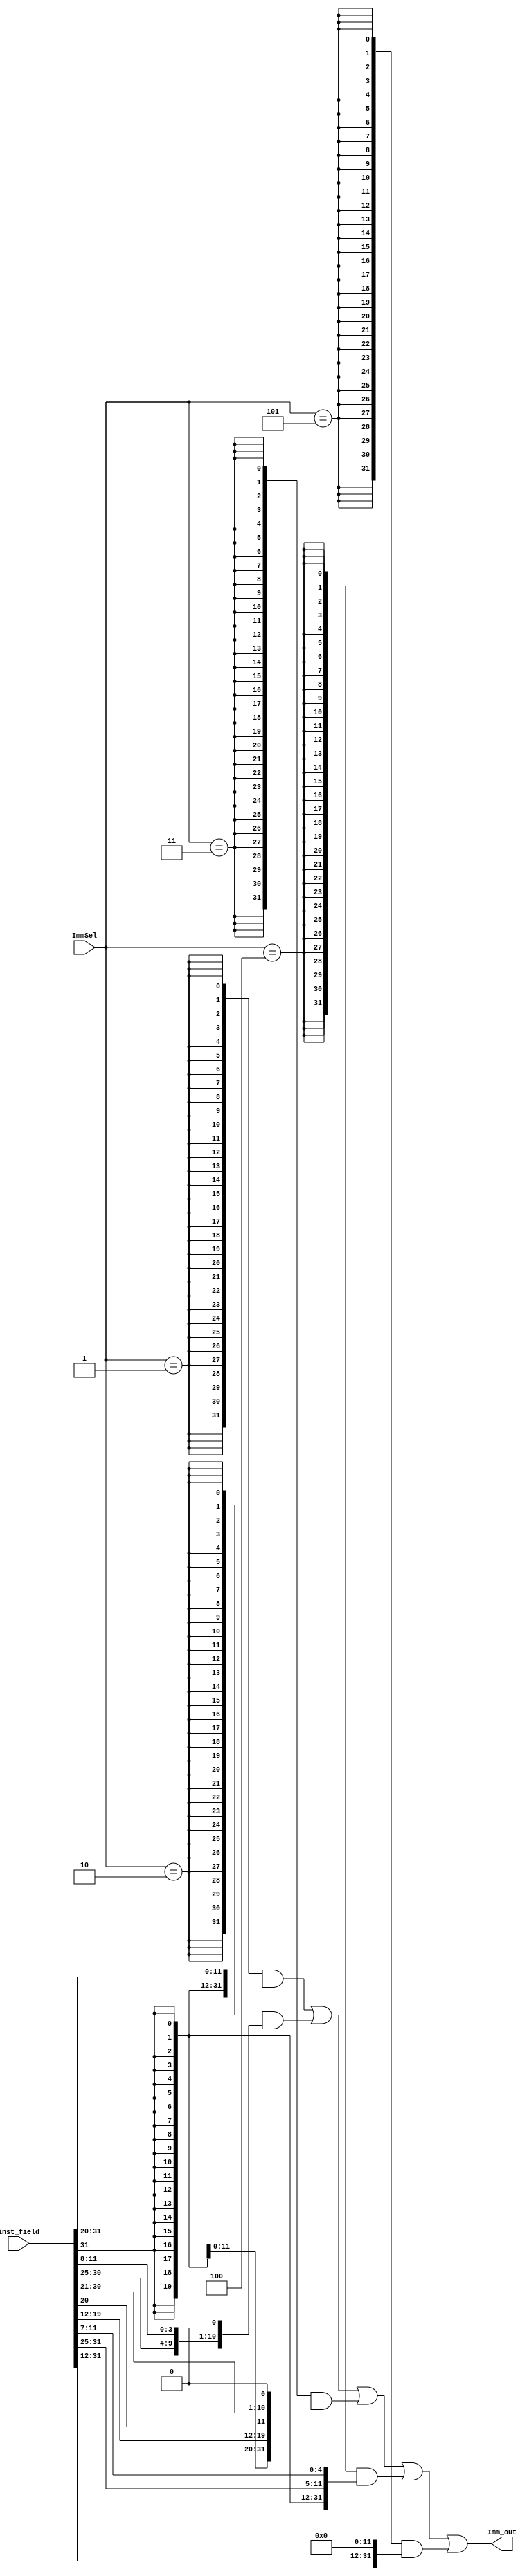
`timescale 1ns / 1ps

module ImmGen(
            input  wire [2:0] ImmSel,
            input  wire [31:0] inst_field,
            output[31:0] Imm_out
    );
    localparam Imm_type_I = 3'b001;
    localparam Imm_type_B = 3'b010;
    localparam Imm_type_J = 3'b011;
    localparam Imm_type_S = 3'b100;
    localparam Imm_type_U = 3'b101;

    wire I = ImmSel == Imm_type_I;
    wire B = ImmSel == Imm_type_B;
    wire J = ImmSel == Imm_type_J;
    wire S = ImmSel == Imm_type_S;
    wire U = ImmSel == Imm_type_U;

    wire[31:0] Imm_I = {{20{inst_field[31]}}, inst_field[31:20]};
    wire[31:0] Imm_B = {{20{inst_field[31]}}, inst_field[7], inst_field[30:25], inst_field[11:8], 1'b0};
    wire[31:0] Imm_J = {{12{inst_field[31]}}, inst_field[19:12], inst_field[20], inst_field[30:21],1'b0};
    wire[31:0] Imm_S = {{20{inst_field[31]}}, inst_field[31:25], inst_field[11:7]};
    wire[31:0] Imm_U = {inst_field[31:12], 12'b0};

    assign Imm_out = {32{I}} & Imm_I |
                     {32{B}} & Imm_B |
                     {32{J}} & Imm_J |
                     {32{S}} & Imm_S |
                     {32{U}} & Imm_U ;
endmodule